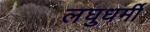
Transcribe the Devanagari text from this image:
लघुधर्मी